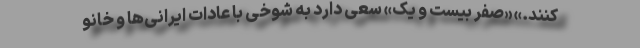
کنند.» «صفر بیست و یک» سعی دارد به شوخی با عادات ایرانی‌ها و خانو